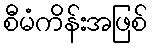
စီမံကိန်းအဖြစ်